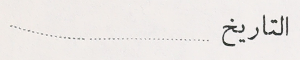
التاريخ